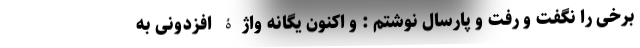
برخی را نگفت و رفت و پارسال نوشتم : و اکنون یگانه واژۀ افزدونی به